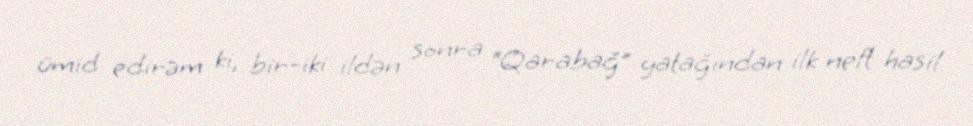
ümid edirəm ki, bir-iki ildən sonra “Qarabağ” yatağından ilk neft hasil